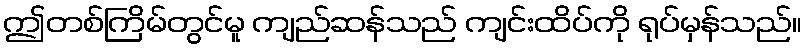
ဤတစ်ကြိမ်တွင်မူ ကျည်ဆန်သည် ကျင်းထိပ်ကို ရုပ်မှန်သည်။